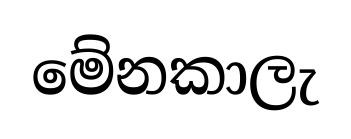
මේනකාලැ